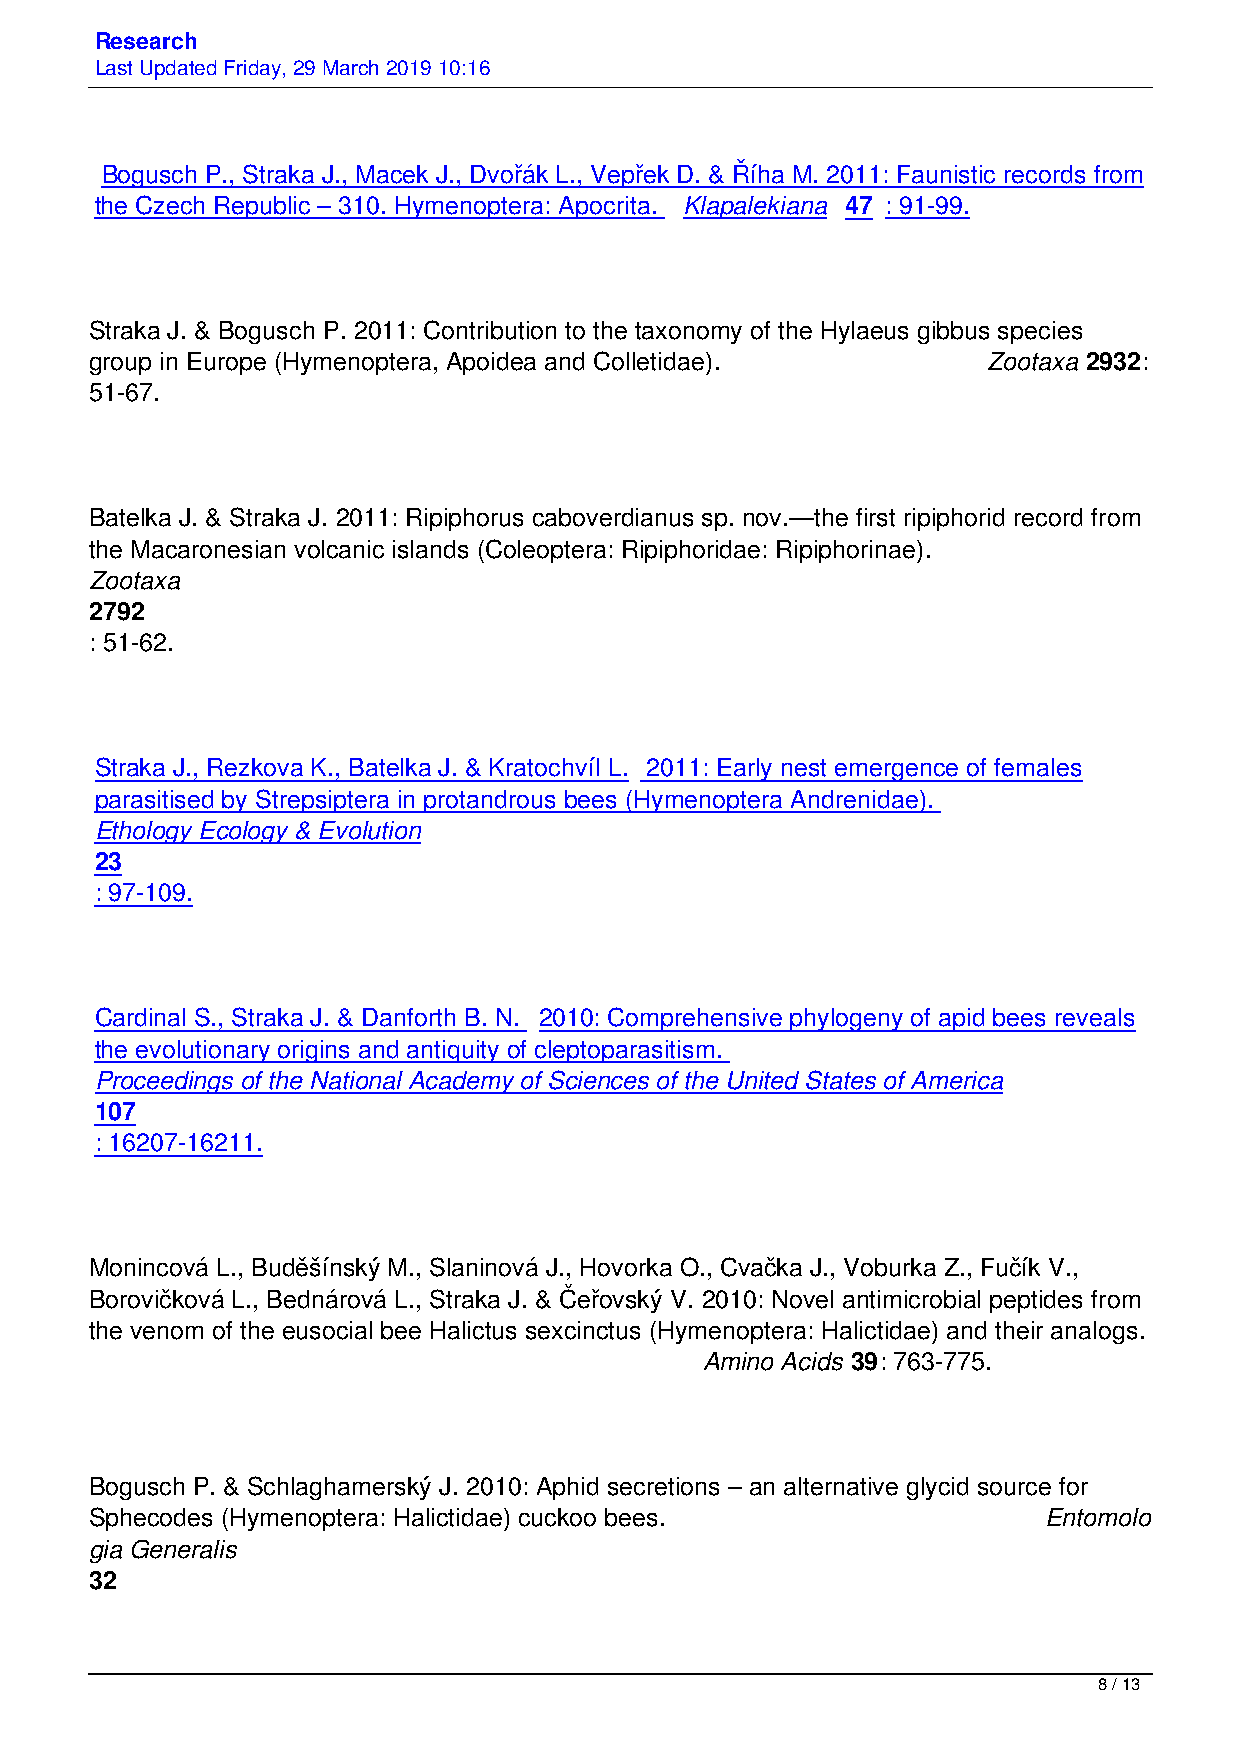
Research
 Last Updated Friday, 29 March 2019 10:16
 Bogusch P., Straka J., Macek J., Dvořák L., Vepřek D. & Říha M. 2011: Faunistic records from
 the Czech Republic – 310. Hymenoptera: Apocrita. Klapalekiana 47 : 91-99.
 Straka J. & Bogusch P. 2011: Contribution to the taxonomy of the Hylaeus gibbus species
 group in Europe (Hymenoptera, Apoidea and Colletidae).     Zootaxa 2932:
 51-67.
 Batelka J. & Straka J. 2011: Ripiphorus caboverdianus sp. nov.—the first ripiphorid record from
 the Macaronesian volcanic islands (Coleoptera: Ripiphoridae: Ripiphorinae).
 Zootaxa
 2792
 : 51-62.
 Straka J., Rezkova K., Batelka J. & Kratochvíl L. 2011: Early nest emergence of females
 parasitised by Strepsiptera in protandrous bees (Hymenoptera Andrenidae).
 Ethology Ecology & Evolution
 23
 : 97-109.
 Cardinal S., Straka J. & Danforth B. N. 2010: Comprehensive phylogeny of apid bees reveals
 the evolutionary origins and antiquity of cleptoparasitism.
 Proceedings of the National Academy of Sciences of the United States of America
 107
 : 16207-16211.
 Monincová L., Buděšínský M., Slaninová J., Hovorka O., Cvačka J., Voburka Z., Fučík V.,
 Borovičková L., Bednárová L., Straka J. & Čeřovský V. 2010: Novel antimicrobial peptides from
 the venom of the eusocial bee Halictus sexcinctus (Hymenoptera: Halictidae) and their analogs.
 Amino Acids 39: 763-775.
 Bogusch P. & Schlaghamerský J. 2010: Aphid secretions – an alternative glycid source for
 Sphecodes (Hymenoptera: Halictidae) cuckoo bees.               Entomolo
 gia Generalis
 32
 8 / 13